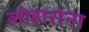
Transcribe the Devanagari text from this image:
लोहारांना